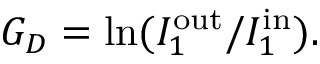
\begin{array} { r } { G _ { D } = \mathrm { l n } ( I _ { 1 } ^ { \mathrm { o u t } } / I _ { 1 } ^ { \mathrm { i n } } ) . } \end{array}